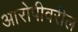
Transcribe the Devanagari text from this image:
आरोपीवरील